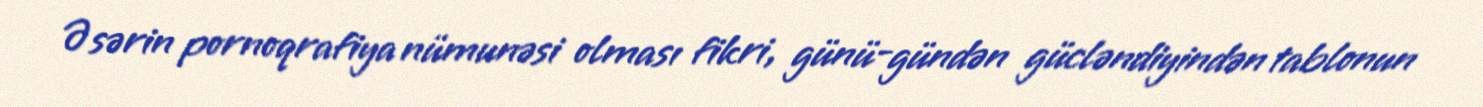
Əsərin pornoqrafiya nümunəsi olması fikri, günü-gündən gücləndiyindən tablonun